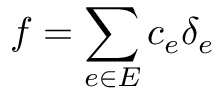
f = \sum _ { e \in E } c _ { e } \delta _ { e }